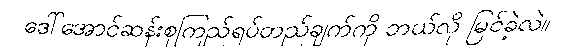
ဒေါ်အောင်ဆန်းစုကြည်ရပ်တည်ချက်ကို ဘယ်လို မြင်ခဲ့လဲ။